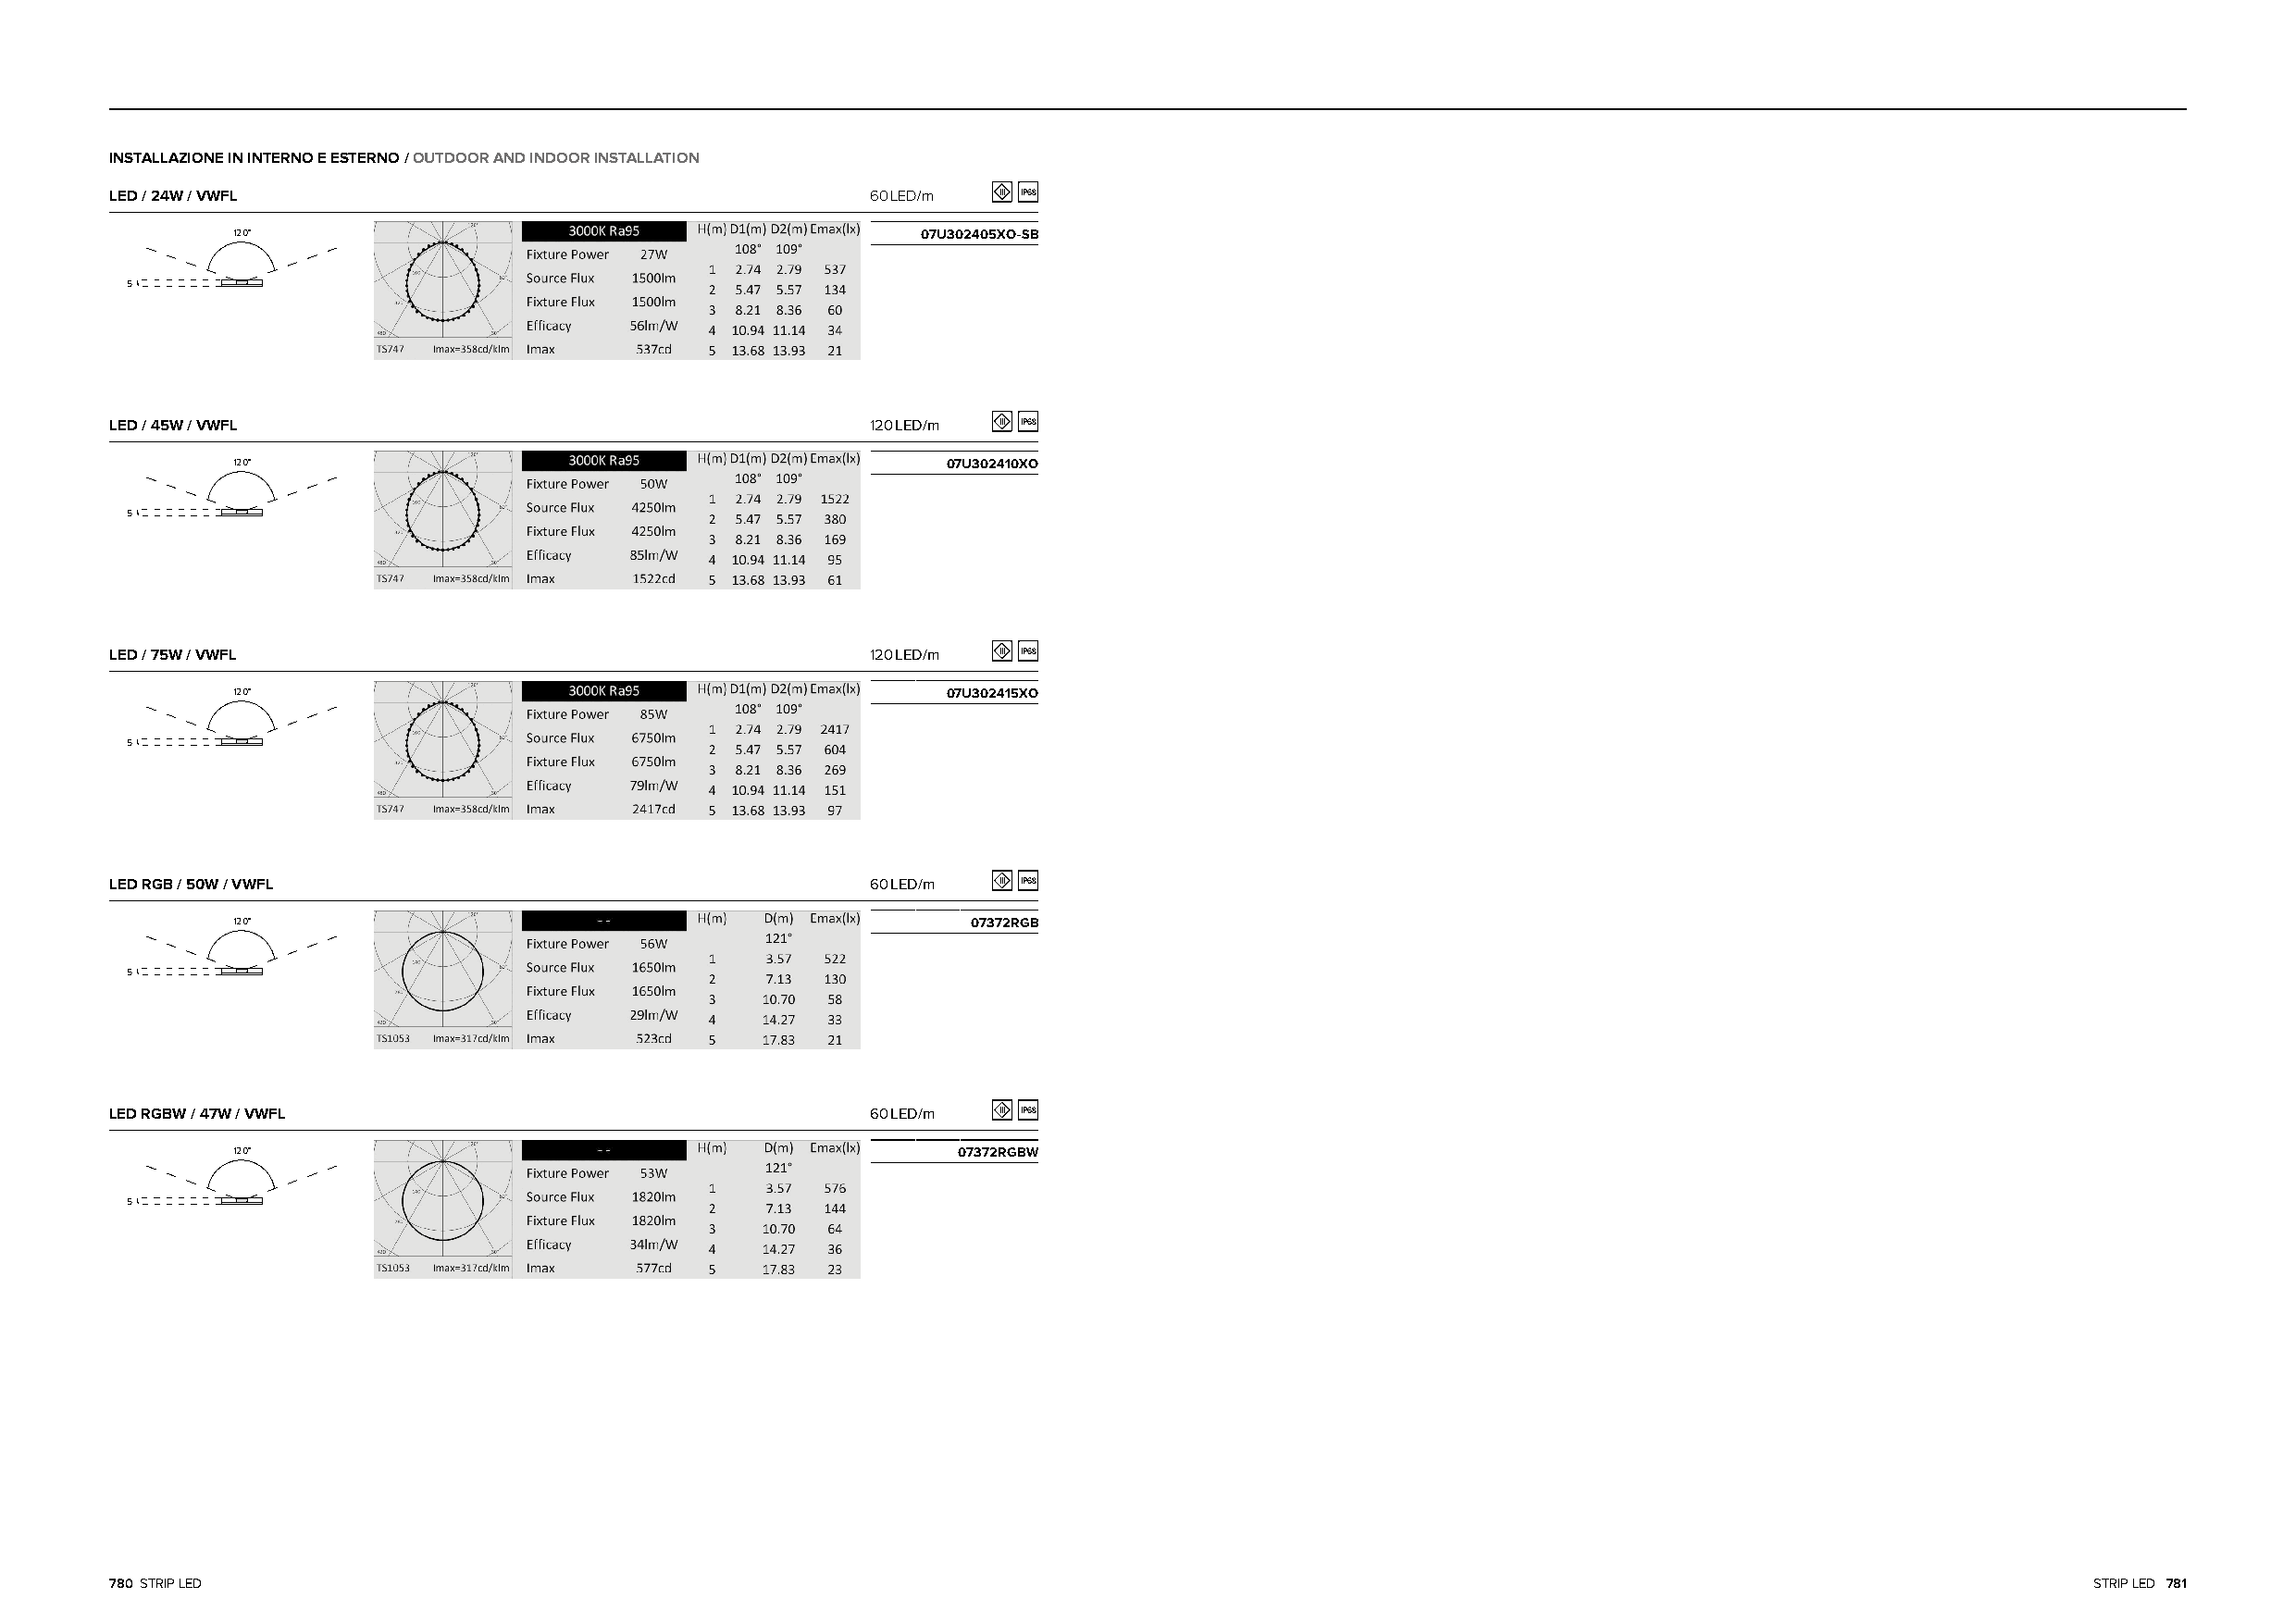
INSTALLAZIONE IN INTERNO E ESTERNO / OUTDOOR AND INDOOR INSTALLATION
 LED / 24W / VWFL                                      60LED/m  III IP68
 120°                                             07U302405XO-SB
 5
 LED / 45W / VWFL                                      120LED/m III IP68
 120°                                               07U302410XO
 5
 LED / 75W / VWFL                                      120LED/m III IP68
 120°                                               07U302415XO
 5
 LED RGB / 50W / VWFL                                  60LED/m  III IP68
 120°                                                07372RGB
 5
 LED RGBW / 47W / VWFL                                 60LED/m  III IP68
 120°                                                07372RGBW
 5
 780 STRIP LED                                                                                                                                 STRIP LED 781